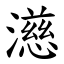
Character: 濨